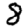
Digit: 8